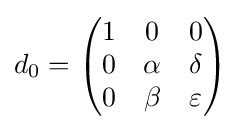
d_{0}={\begin{pmatrix}1&0&0\\0&\alpha &\delta \\0&\beta &\varepsilon \end{pmatrix}}